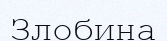
Злобина